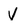
Character: y